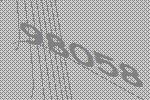
98058